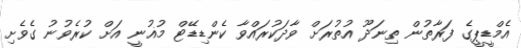
އެމްޑީޕީގެ ފަރާތުން ތިނަދޫ އުތުރަށް ވާދަކުރައްވާ ކެންޑިޑޭޓް މުޣުނީ އަށް ކުރެވުނު ގެވެށި